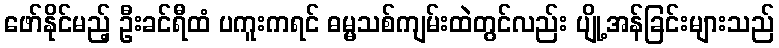
ဖော်နိုင်မည့် ဦးခင်ရီထံ ပကူးကရင် ဓမ္မသစ်ကျမ်းထဲတွင်လည်း ပျို့အန်ခြင်းများသည်